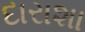
દારાશા